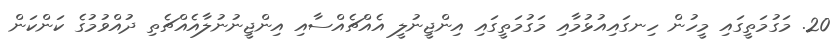
20. މަގުމަތީގައި މީހުން ހިނގައިއުޅުމާއި މަގުމަތީގައި އިންޖީނުލީ އެއްޗެއްސާއި އިންޖީނުނުލާއެއްޗެތި ދުއްވުމުގެ ކަންކަން